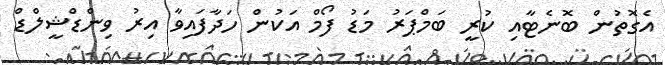
އެގޮތުން ބޮނެޓާއި ކުރީ ބަމްޕަރު މަޑު ފޯމް އަކުން ހަދާފައިވާ އިރު ވިންޑްޝީލްޑް